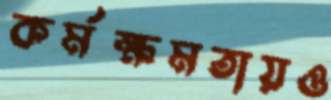
কর্মক্ষমতায়ও